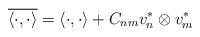
LaTeX: \begin{align*} \overline{\langle\cdot,\cdot\rangle} = \langle \cdot,\cdot \rangle + C_{nm}v_n^* \otimes v_m^*\end{align*}